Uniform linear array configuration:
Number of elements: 64
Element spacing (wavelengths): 0.5
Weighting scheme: kaiser
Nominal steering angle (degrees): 30
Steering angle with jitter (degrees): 30.207
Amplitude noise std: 0.05
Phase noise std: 0.05

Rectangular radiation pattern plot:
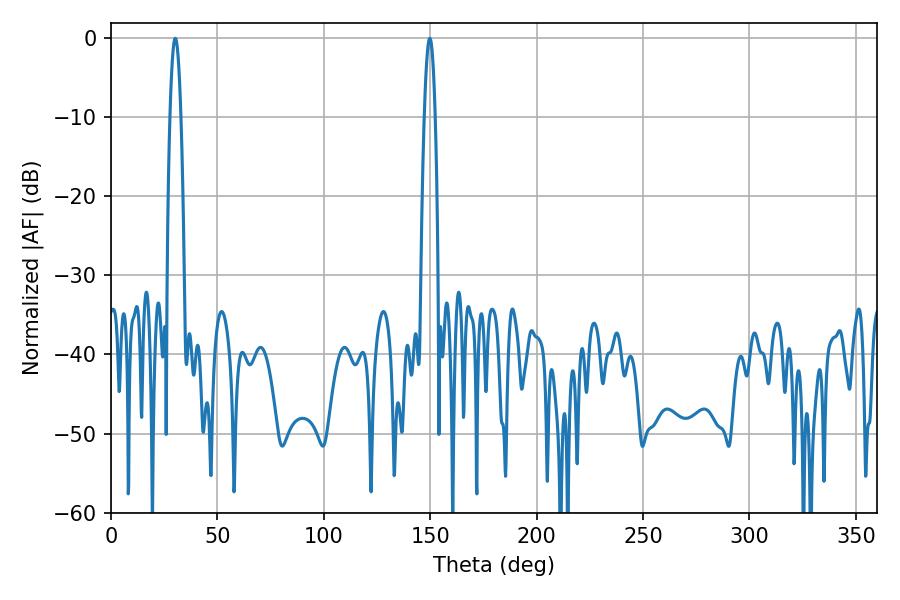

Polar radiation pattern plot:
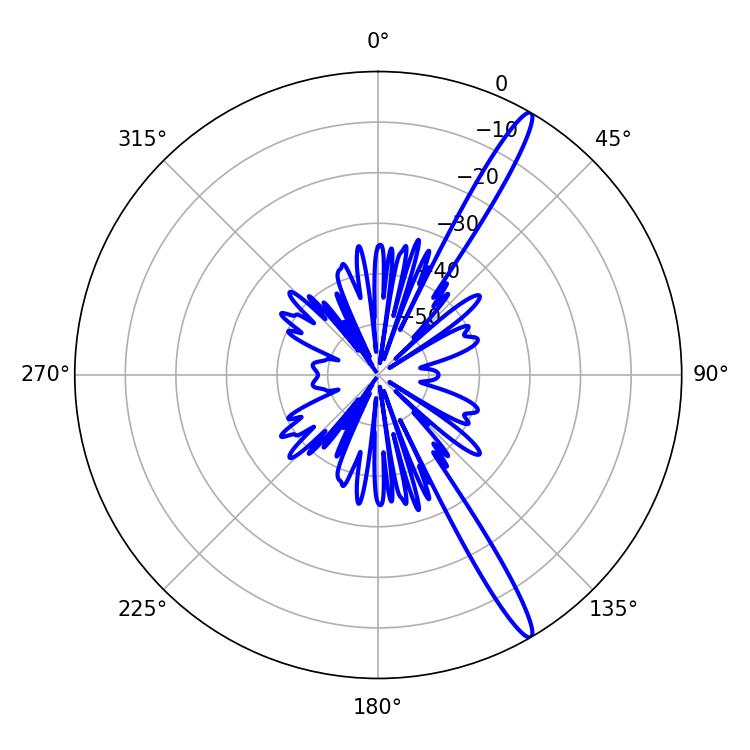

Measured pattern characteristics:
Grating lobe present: FALSE
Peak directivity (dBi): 15.669
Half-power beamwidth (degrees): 2.88
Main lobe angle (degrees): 30.24